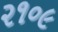
૨૧૦૯